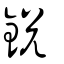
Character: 鋭